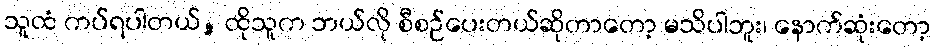
သူထံ ကပ်ရပါတယ်, ထိုသူက ဘယ်လို စီစဉ်ပေးတယ်ဆိုတာတော့ မသိပါဘူး၊ နောက်ဆုံးတော့